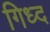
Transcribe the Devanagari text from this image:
गिध्द